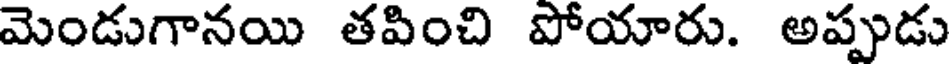
మెండుగానయి తపించి పోయారు. అప్పుడు